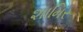
શામિર